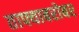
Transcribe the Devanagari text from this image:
ताफ्याबरोबर